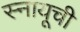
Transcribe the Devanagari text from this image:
स्नायूची